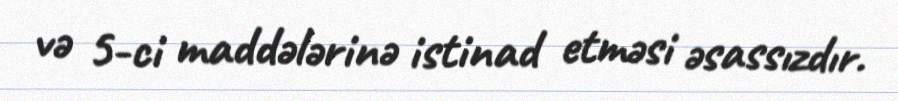
və 5-ci maddələrinə istinad etməsi əsassızdır.